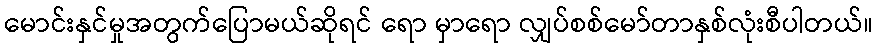
မောင်းနှင်မှုအတွက်ပြောမယ်ဆိုရင် ရော မှာရော လျှပ်စစ်မော်တာနှစ်လုံးစီပါတယ်။